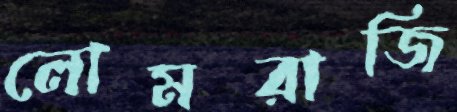
লোমরাজি